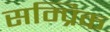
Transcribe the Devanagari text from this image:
सम्प्रिक